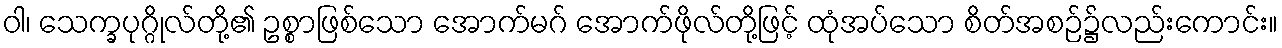
ဝါ၊ သေက္ခပုဂ္ဂိုလ်တို့၏ ဥစ္စာဖြစ်သော အောက်မဂ် အောက်ဖိုလ်တို့ဖြင့် ထုံအပ်သော စိတ်အစဉ်၌လည်းကောင်း။